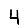
Digit: 4